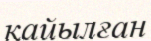
қайылған